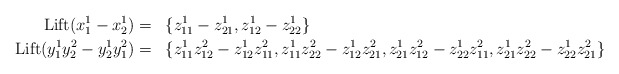
\begin{align*}\mathrm{Lift}(x^1_1 - x^1_2) &=&& \{z^1_{11} - z^1_{21}, z^1_{12} - z^1_{22}\} \\\mathrm{Lift}(y^1_1y^2_2 - y^1_2 y^2_1) &=&& \{ z^1_{11}z^2_{12} - z^1_{12} z^2_{11}, z^1_{11}z^2_{22} - z^1_{12} z^2_{21}, z^1_{21}z^2_{12} - z^1_{22} z^2_{11}, z^1_{21}z^2_{22} - z^1_{22} z^2_{21} \}\end{align*}